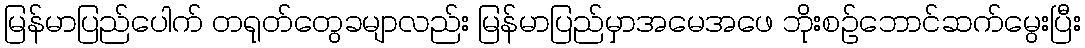
မြန်မာပြည်ပေါက် တရုတ်တွေခမျာလည်း မြန်မာပြည်မှာအမေအဖေ ဘိုးစဉ်ဘောင်ဆက်မွေးပြီး